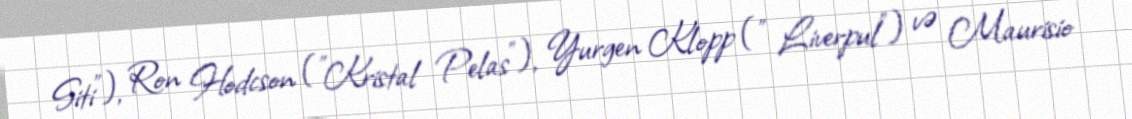
Siti"), Ron Hodcson ("Kristal Pelas"), Yurgen Klopp (" Liverpul") və Maurisio